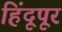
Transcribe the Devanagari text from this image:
हिंदूपूर